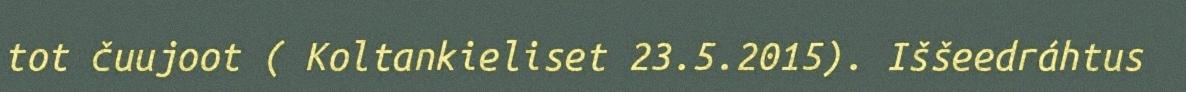
tot čuujoot ( Koltankieliset 23.5.2015). Iššeedráhtus